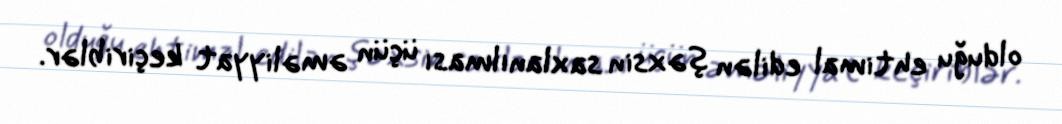
olduğu ehtimal edilən şəxsin saxlanılması üçün əməliyyat keçiriblər.